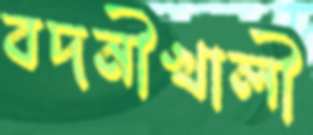
বদনীখালী